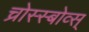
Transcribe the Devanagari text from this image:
च्रोस्स्बोव्स्